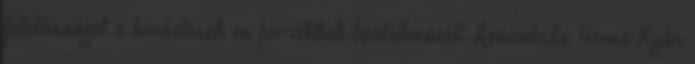
felelősséget a hirdetések és pr-cikkek tartalmáért. Levendula Home Nyár